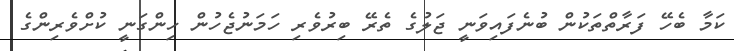
ކަމާ ބެހޭ ފަރާތްތަކުން ބުނެފައިވަނީ ޖަލުގެ ތެރޭ ބިރުވެރި ހަމަނުޖެހުން ހިންގަނީ ކުށްވެރިންގެ